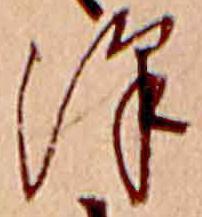
沢